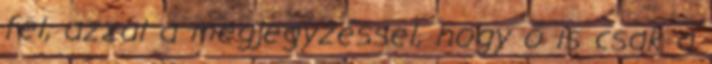
fel, azzal a megjegyzéssel, hogy ő is csak a